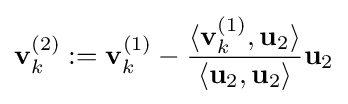
\mathbf {v} _{k}^{(2)}:=\mathbf {v} _{k}^{(1)}-{\frac {\langle \mathbf {v} _{k}^{(1)},\mathbf {u} _{2}\rangle }{\langle \mathbf {u} _{2},\mathbf {u} _{2}\rangle }}\mathbf {u} _{2}